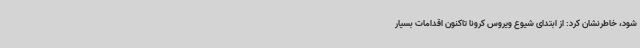
شود، خاطرنشان کرد: از ابتدای شیوع ویروس کرونا تاکنون اقدامات بسیار